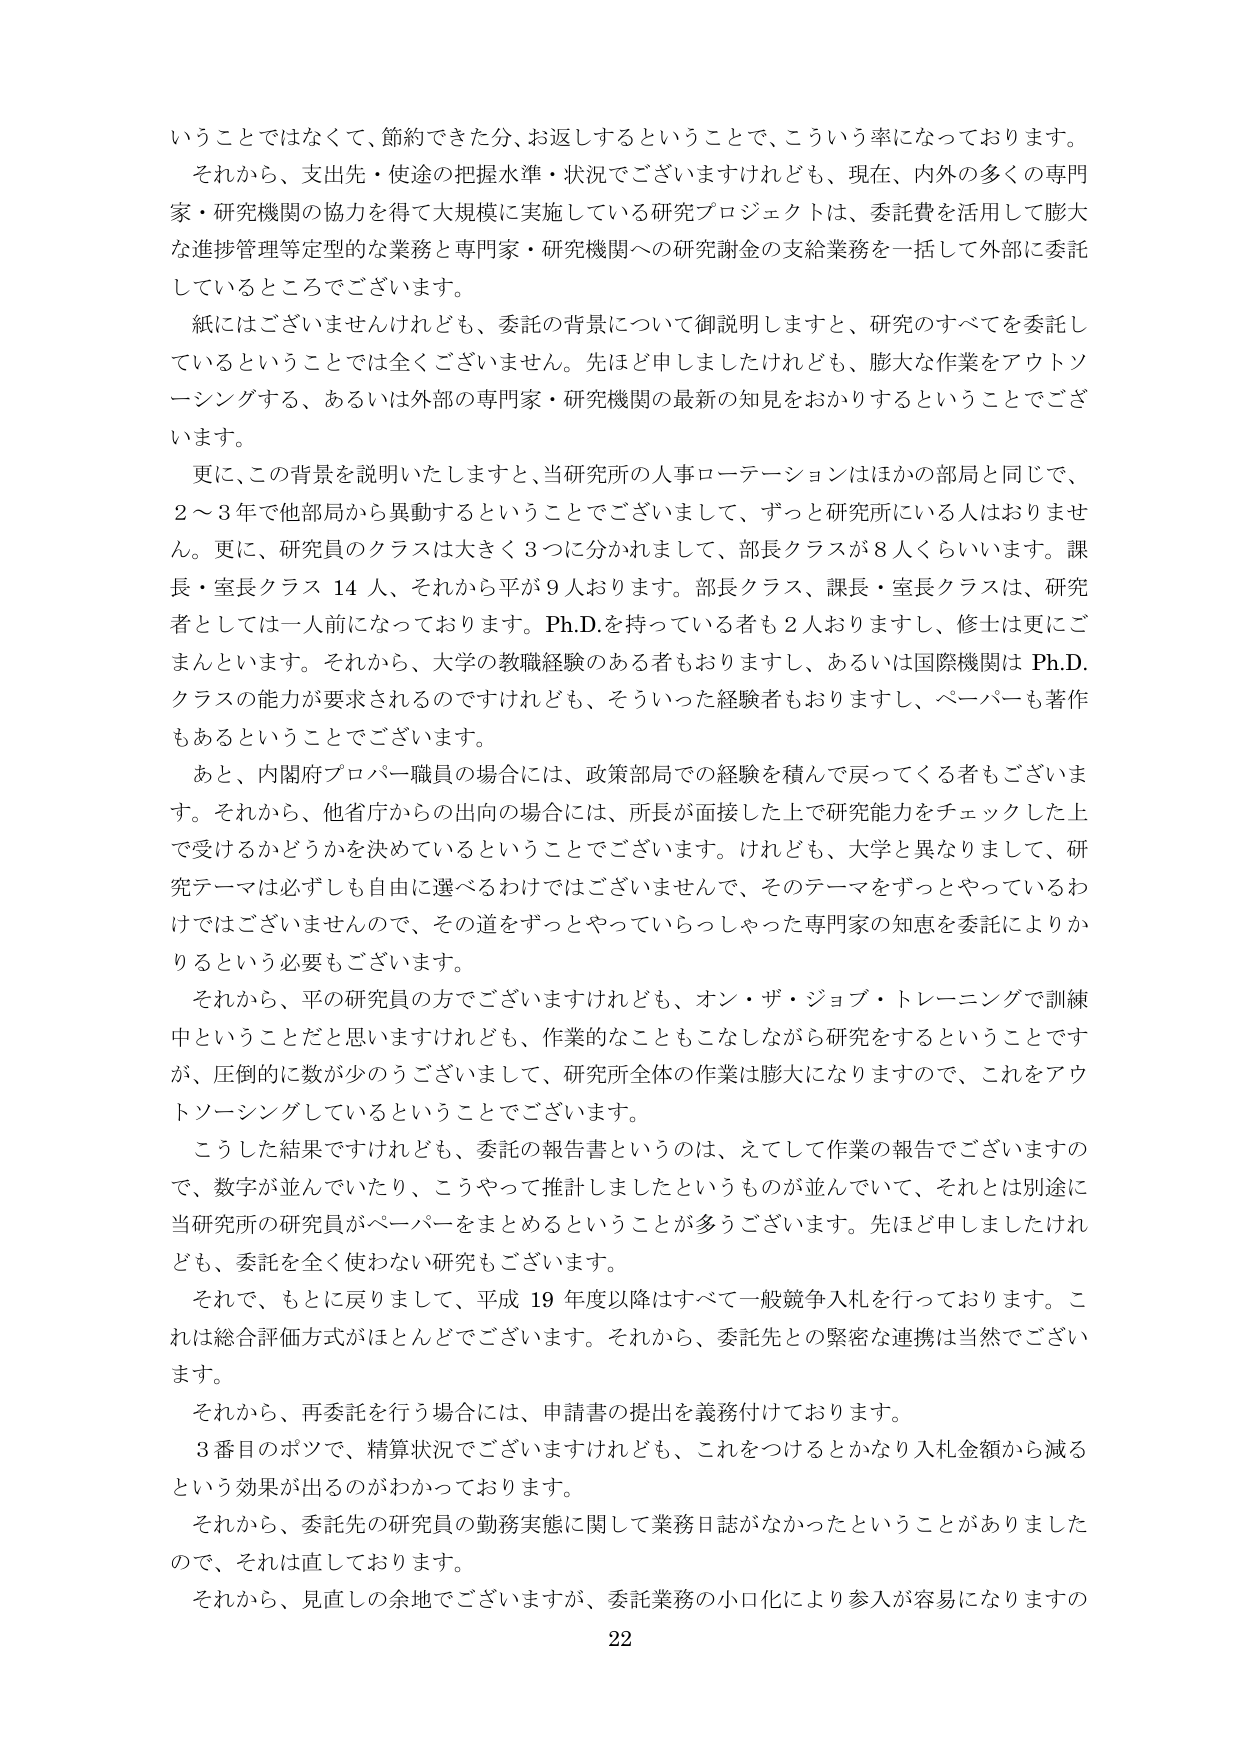
いうことではなくて、節約できた分、お返しするということで、こういう率になっております。
それから、支出先・使途の把握水準・状況でございますけれども、現在、内外の多くの専門家・研究機関の協力を得て大規模に実施している研究プロジェクトは、委託費を活用して膨大な進捗管理等定型的な業務と専門家・研究機関への研究謝金の支給業務を一括して外部に委託しているところでございます。
紙にはございませんけれども、委託の背景について御説明しますと、研究のすべてを委託しているということでは全くございません。先ほど申しましたけれども、膨大な作業をアウトソーシングする、あるいは外部の専門家・研究機関の最新の知見をおかりするということでございます。
更に、この背景を説明いたしますと、当研究所の人事ローテーションはほかの部局と同じで、2～3年で他部局から異動するということでございまして、ずっと研究所にいる人はおりません。更に、研究員のクラスは大きく3つに分かれまして、部長クラスが8人くらいいます。課長・室長クラス14人、それから平が9人おります。部長クラス、課長・室長クラスは、研究者としては一人前になっております。Ph.D.を持っている者も2人おりますし、修士は更にごまんといます。それから、大学の教職経験のある者もおりますし、あるいは国際機関はPh.D.クラスの能力が要求されるのですけれども、そういった経験者もおりますし、ペーパーも著作もあるということでございます。
あと、内閣府プロパー職員の場合には、政策部局での経験を積んで戻ってくる者もございます。それから、他省庁からの出向の場合には、所長が面接した上で研究能力をチェックした上で受けるかどうかを決めているということでございます。けれども、大学と異なりまして、研究テーマは必ずしも自由に選べるわけではございませんで、そのテーマをずっとやっているわけではございませんので、その道をずっとやっていらっしゃった専門家の知恵を委託によりかりるという必要もございます。
それから、平の研究員の方でございますけれども、オン・ザ・ジョブ・トレーニングで訓練中ということだと思いますけれども、作業的なこともこなしながら研究をするということですが、圧倒的に数が少のうございまして、研究所全体の作業は膨大になりますので、これをアウトソーシングしているということでございます。
こうした結果ですけれども、委託の報告書というのは、えてして作業の報告でございますので、数字が並んでいたり、こうやって推計しましたというものが並んでいて、それとは別途に当研究所の研究員がペーパーをまとめるということが多ございます。先ほど申しましたけれども、委託を全く使わない研究もございます。
それで、もとに戻りまして、平成19年度以降はすべて一般競争入札を行っております。これは総合評価方式がほとんどでございます。それから、委託先との緊密な連携は当然でございます。
それから、再委託を行う場合には、申請書の提出を義務付けております。
3番目のポツで、精算状況でございますけれども、これをつけるとかなり入札金額から減るという効果が出るのがわかっております。
それから、委託先の研究員の勤務実態に関して業務日誌がなかったということがありましたので、それは直しております。
それから、見直しの余地でございますが、委託業務の小口化により参入が容易になりますの
22